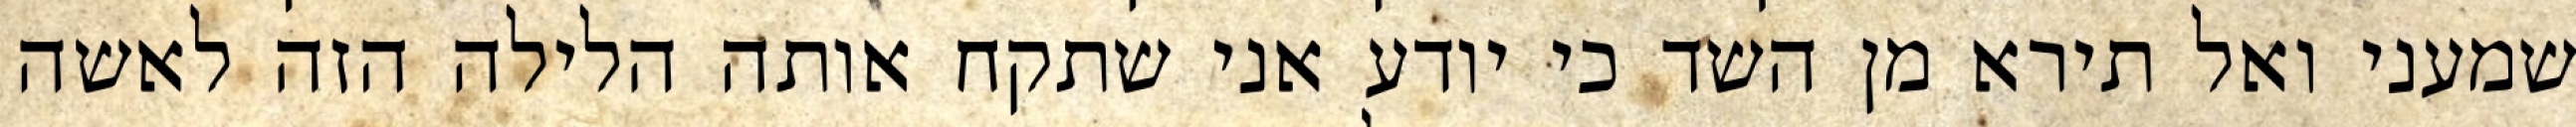
שמעני ואל תירא מן השד כי יודע אני שתקח אותה הלילה הזה לאשה